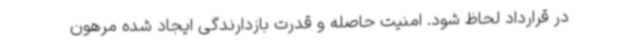
در قرارداد لحاظ شود. امنیت حاصله و قدرت بازدارندگی ایجاد شده مرهون